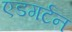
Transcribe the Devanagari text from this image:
एडगर्टन